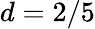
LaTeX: d=2/5